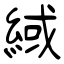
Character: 緎